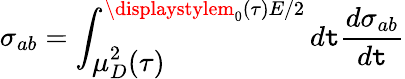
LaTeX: \sigma_{ab}=\int_{\displaystyle\mu_{D}^{2}(\tau)}^{\displaystylem_{0}(\tau)E/2}d\mathtt{t}\frac{{d\sigma_{ab}}}{{d\mathtt{t}}}